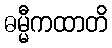
ဓမ္မီကထာတိ